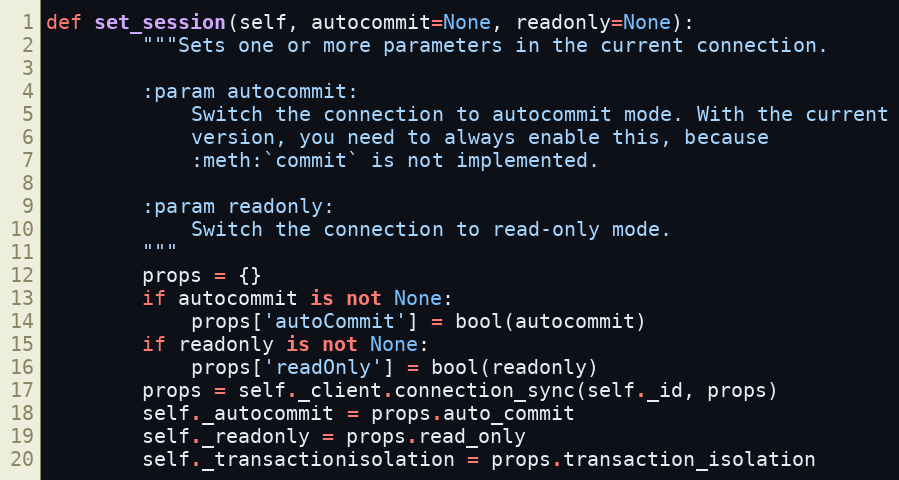
Language: Python
def set_session(self, autocommit=None, readonly=None):
        """Sets one or more parameters in the current connection.

        :param autocommit:
            Switch the connection to autocommit mode. With the current
            version, you need to always enable this, because
            :meth:`commit` is not implemented.

        :param readonly:
            Switch the connection to read-only mode.
        """
        props = {}
        if autocommit is not None:
            props['autoCommit'] = bool(autocommit)
        if readonly is not None:
            props['readOnly'] = bool(readonly)
        props = self._client.connection_sync(self._id, props)
        self._autocommit = props.auto_commit
        self._readonly = props.read_only
        self._transactionisolation = props.transaction_isolation